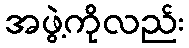
အဖွဲ့ကိုလည်း